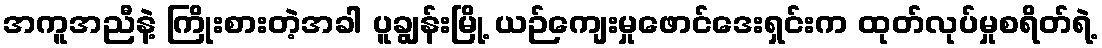
အကူအညီနဲ့ ကြိုးစားတဲ့အခါ ပူချွန်းမြို့ ယဉ်ကျေးမှုဖောင်ဒေးရှင်းက ထုတ်လုပ်မှုစရိတ်ရဲ့